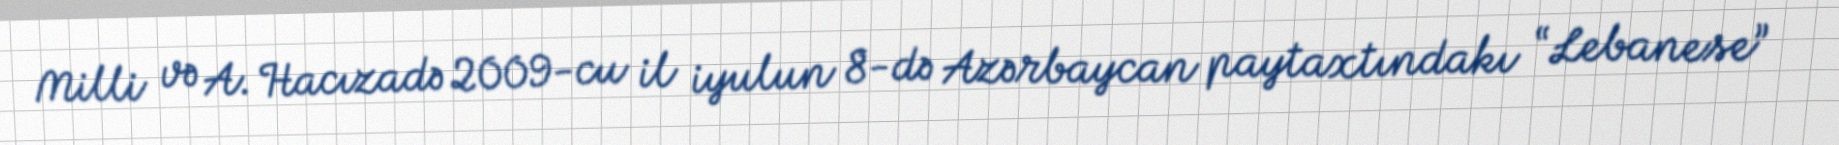
Milli və A. Hacızadə 2009-cu il iyulun 8-də Azərbaycan paytaxtındakı “Lebanese”